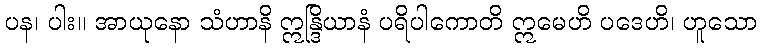
ပန၊ ပါး။ အာယုနော သံဟာနိ ဣန္ဒြိယာနံ ပရိပါကောတိ ဣမေဟိ ပဒေဟိ၊ ဟူသော